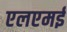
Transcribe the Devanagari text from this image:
एलएमई